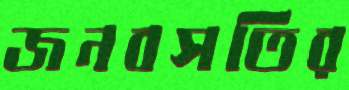
জনবসতির